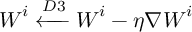
\boldsymbol { W } ^ { i } \xleftarrow { D 3 } \boldsymbol { W } ^ { i } - \eta \nabla \boldsymbol { W } ^ { i }